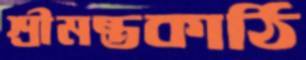
শ্রীমন্তকাঠি